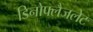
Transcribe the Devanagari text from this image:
डिनोफ्लैजलेट